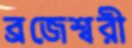
ব্রজেশ্বরী